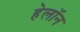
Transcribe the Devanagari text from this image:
हेलॉन